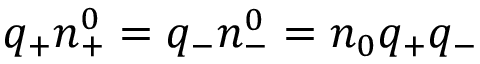
q _ { + } n _ { + } ^ { 0 } = q _ { - } n _ { - } ^ { 0 } = n _ { 0 } q _ { + } q _ { - }